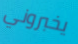
يخبروني